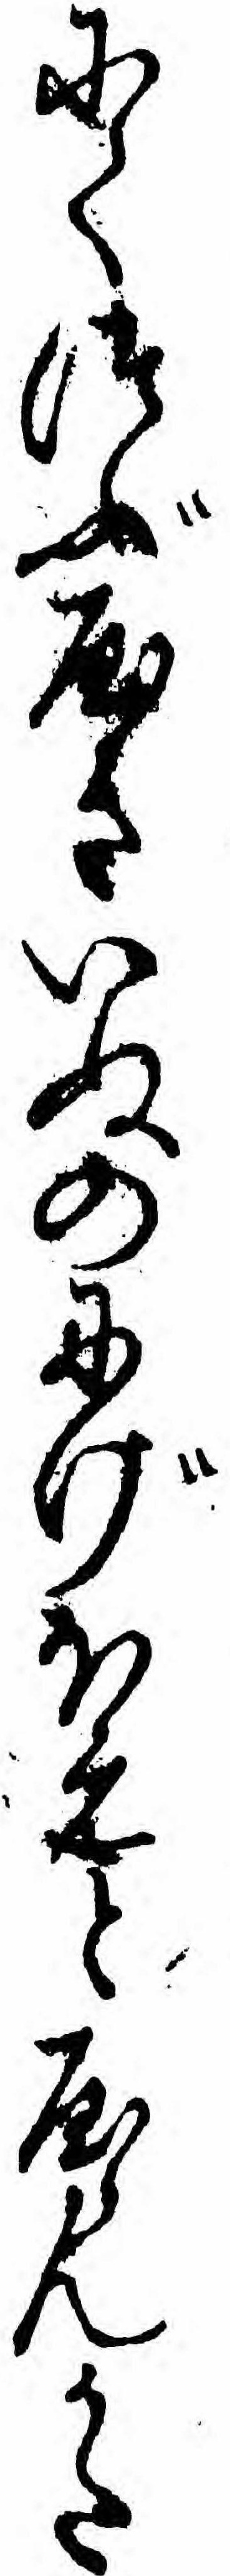
にてつぶやきいぬのにげほえとやらんかた